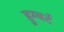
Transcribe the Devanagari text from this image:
हुम्बर्ट